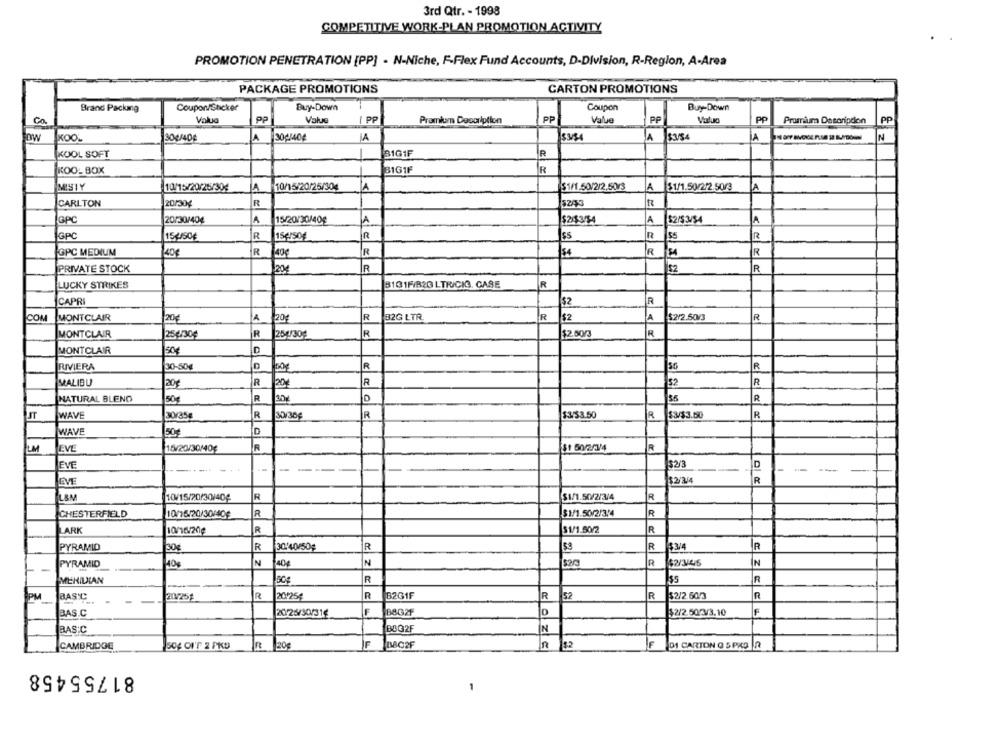
3rd Qtr. - 1998
COMPETITIVE WORK-PLAN PROMOTION ACTIVITY
PROMOTION PENETRATION [PP] - N-Niche, F-Flex Fund Accounts, D-Division, R-Region, A-Area
PACKAGE PROMOTIONS
CARTON PROMOTIONS
Brand Packmg
Coupon/Snicker
Buy-Down
Coupon
Buy-Down
Valua
PP
Value
/ PP
PP
Valua
PP
PP
Co
Pramkam Description
Promium Description
PP
JKOO
30g/40€
A
30g/40g
A
$3/84
JA
IN
KOOL SOFT
31G1F
R
KOO-BOX
3161F
R
MISTY
10/15/20/25/304
$1/1.50/2/2.50/3
$1/1.50/2/2.50/3
A
10/15/20/25/30€
A
A
CARLTON
20/30%
R
5243
GPC
20/30/404
A
15/20/30/40€
A
$2/3/54
A
$2/$ 3/54
A
GPC
15,US0€
R
1Sersog
R
$S
R
GPC MEDIUM
140€
R
R
$4
R
R
PRIVATE STOCK
R
52
R
204
LUCKY STRIKES
8101P/B2G LTRICIG. CASE
R
CAPR
$2
R
COM
MONTCLAIR
20€
A
20
R
32G LTR.
R
$2
A
$2/2.50/3
R
MONTCLAIR
254/30€
R
254/301
R
$2.50/3
R
C
MONTCLAIR
50
RIVIERA
30-50€
D
R
36
R
MALIBU
20
R
20
R
52
R
NATURAL BLENO
50
R
30
$5
JT
WAVE
30/35€
R
30/30
R
$3/53.50
R
$3/$3.150
R
WAVE
150€
LM
EVE
15/20/30/40€
R
$1 50/2/3/4
R
EVE
...
---
J$2/3
D
----
EVE
L&M
10/15/20/30/40€
R
$1/1.50/2/3/4
R
CHESTERFIELD
10/15/20/30/40€
R
$1/1.50/2/3/4
R
LARK
10/16/20¢
R
$1/1.50/2
R
PYRAMID
30€
R
30/40/50
İR
R
$3/4
R
PYRAMID
40g
N
40
N
R
$2/3/45
N
R
MERIDIAN
B2G1F
R
PM
BASIC
20V/259
R
20-25€
R
R
52
$2/2.60/3
BAS.C
2026/30/316
F
$2/2.50/33.10
BASIC
BOQ2F
IN
CAMBRIDGE
Sog Or'T 2 PKD
In
20g
IF
BBC2F
$2
DI CARTON O 5 PRO A
81755458